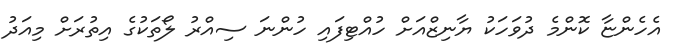
އެހެންޏާ ކޮންމެ ދުވަހަކު ޔާނިޒްއަށް ހުއްޓިފައި ހުންނަ ސިއްރު ލޯތަކުގެ އިތުރަށް މިއަދު